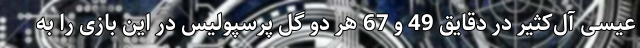
عیسی آل‌کثیر در دقایق 49 و 67 هر دو گل پرسپولیس در این بازی را به